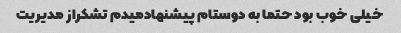
خیلی خوب بود حتما به دوستام پیشنهادمیدم تشکراز مدیریت